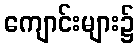
ကျောင်းများ၌